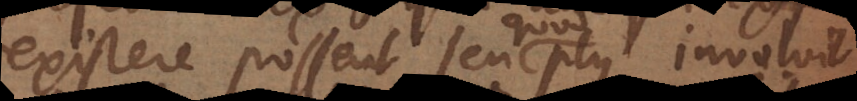
existere possent, seu plus involvit